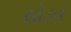
સોડવ